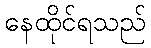
နေထိုင်ရသည်